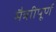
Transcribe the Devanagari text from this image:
मैत्राीपूर्ण